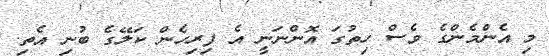
މި އެންމެންގެ ވެސް ހިތުގަ އޮންނަނީ އެ ފިރިހެން ކަލޭގެ ބުނި އެތި.